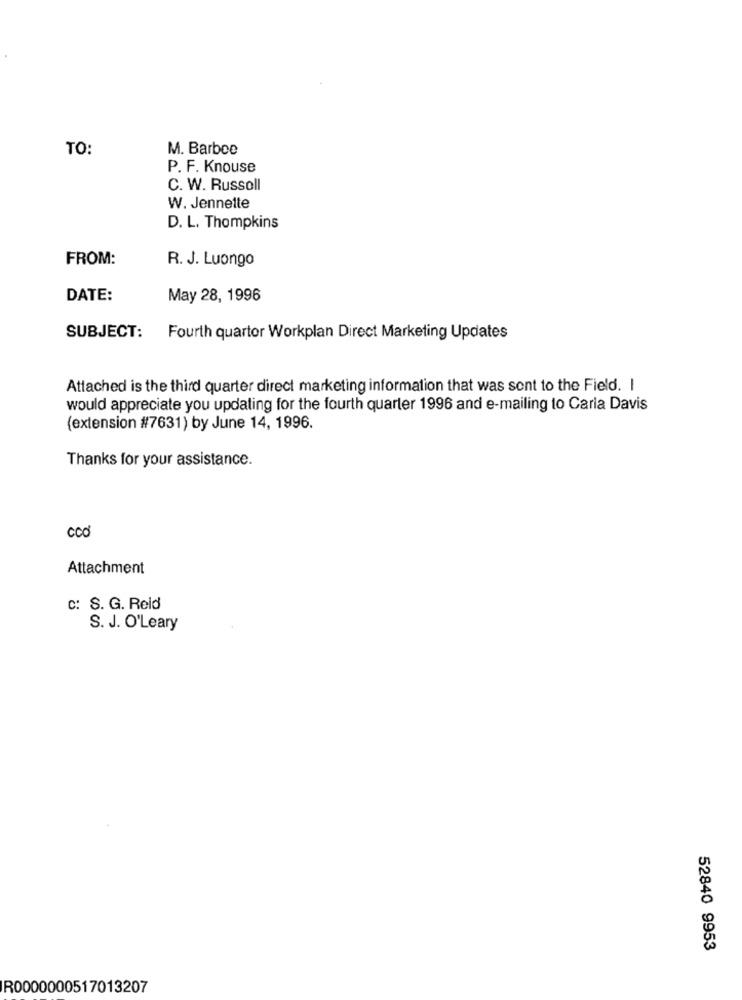
TO:
M. Barbce
P. F. Knouse
C. W. Russell
W. Jennette
D. L. Thompkins
FROM:
R. J. Luongo
DATE:
May 28, 1996
SUBJECT:
Fourth quarter Workplan Direct Marketing Updates
Attached is the third quarter direct marketing information that was sont to the Field. I
would appreciate you updating for the fourth quarter 1996 and e-mailing to Caria Davis
(extension #7631) by June 14, 1996.
Thanks for your assistance.
ccd
Attachment
c: S. G. Reid
S. J. O'Leary
52840 9953
R0000000517013207